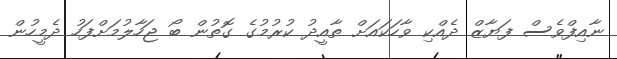
ނާއިފްވެސް ފަޔާޒް ދެއްކި ވާހަކައަށް ތާއީދު ކުރުމުގެ ގޮތުން ބޯ ޖަހާލުމަށްފަހު ދެމީހުން